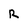
Character: r